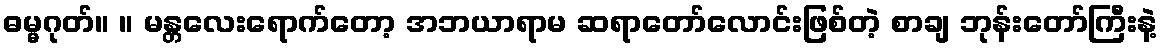
ဓမ္မဂုတ်။ ။ မန္တလေးရောက်တော့ အဘယာရာမ ဆရာတော်လောင်းဖြစ်တဲ့ စာချ ဘုန်းတော်ကြီးနဲ့